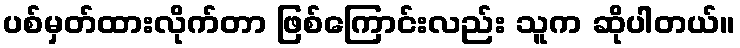
ပစ်မှတ်ထားလိုက်တာ ဖြစ်ကြောင်းလည်း သူက ဆိုပါတယ်။